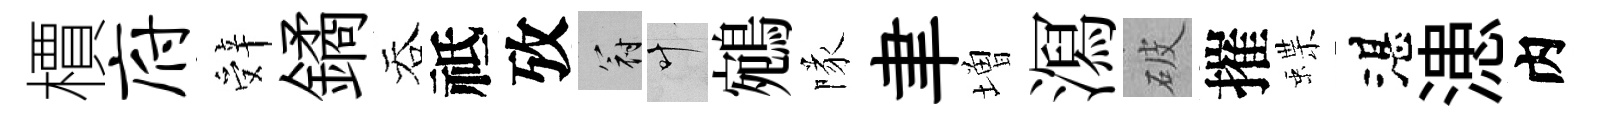
檟府辤鐍吞祗攷冠叶鵷隊聿増㵼破摧蝶湛漶内